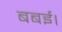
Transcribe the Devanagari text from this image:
बबई।